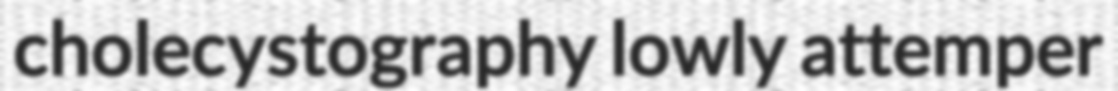
cholecystography lowly attemper